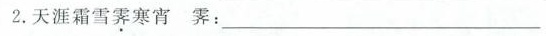
2.天涯霜雪霁寒宵霁：_____